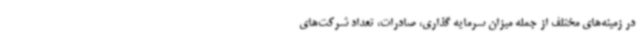
در زمینه‌های مختلف از جمله میزان سرمایه گذاری، صادرات، تعداد شرکت‌های